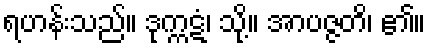
ရဟန်းသည်။ ဒုက္ကဋံ၊ သို့။ အာပဇ္ဇတိ၊ ၏။